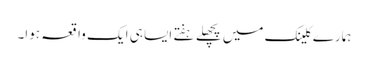
ہمارے کلینک میں پچھلے ہفتے ایسا ہی ایک واقعہ ہوا۔